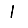
Digit: 1